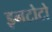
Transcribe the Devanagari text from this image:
इनटोटो